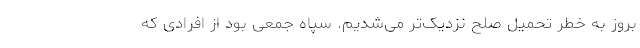
بروز به خطر تحمیل صلح نزدیک‌تر می‌شدیم. سپاه جمعی بود از افرادی که